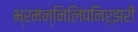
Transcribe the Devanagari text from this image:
भ्रमन्निलिंपनिर्झरी